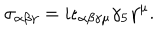
LaTeX: \sigma _ { \alpha \beta \gamma } = i \epsilon _ { \alpha \beta \gamma \mu } \gamma _ { 5 } \gamma ^ { \mu } .